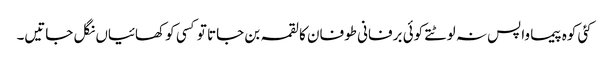
کئی کوہ پیما واپس نہ لوٹتے کوئی برفانی طوفان کا لقمہ بن جاتا تو کسی کو کھائیاں نگل جاتیں۔